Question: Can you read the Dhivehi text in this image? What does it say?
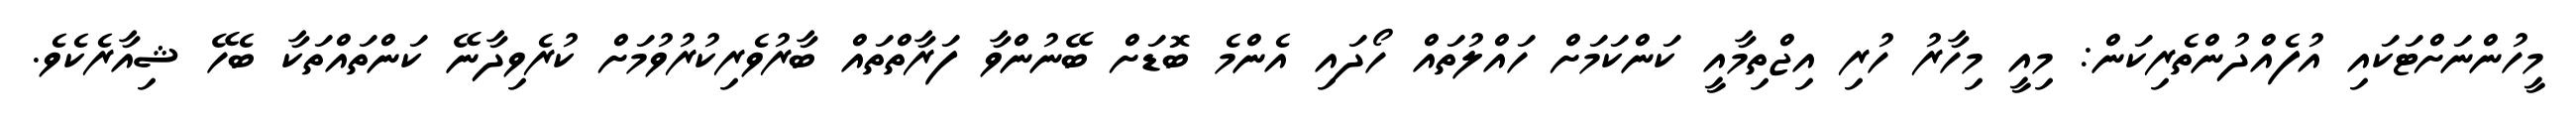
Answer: މީހުންނަށްޓަކައި އުފެއްދުންތެރިކަން: މިއީ މިހާރު ހުރި އިޖްތިމާއީ ކަންކަމަށް ހައްލުތައް ހޯދައި އެންމެ ބޮޑަށް ބޭނުންވާ ފަރާތްތައް ބާރުވެރިކުރުވުމަށް ކުރެވިދާނޭ ކަންތައްތަކާ ބެހޭ ޝިއާރެކެވެ.